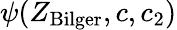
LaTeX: \psi(Z_{\mathrm{Bilger}},c,c_{2})